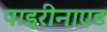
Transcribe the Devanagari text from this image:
पाइरीनाएड